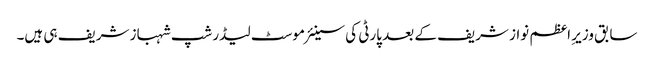
سابق وزیرِ اعظم نواز شریف کے بعد پارٹی کی سینئر موسٹ لیڈرشپ شہباز شریف ہی ہیں۔